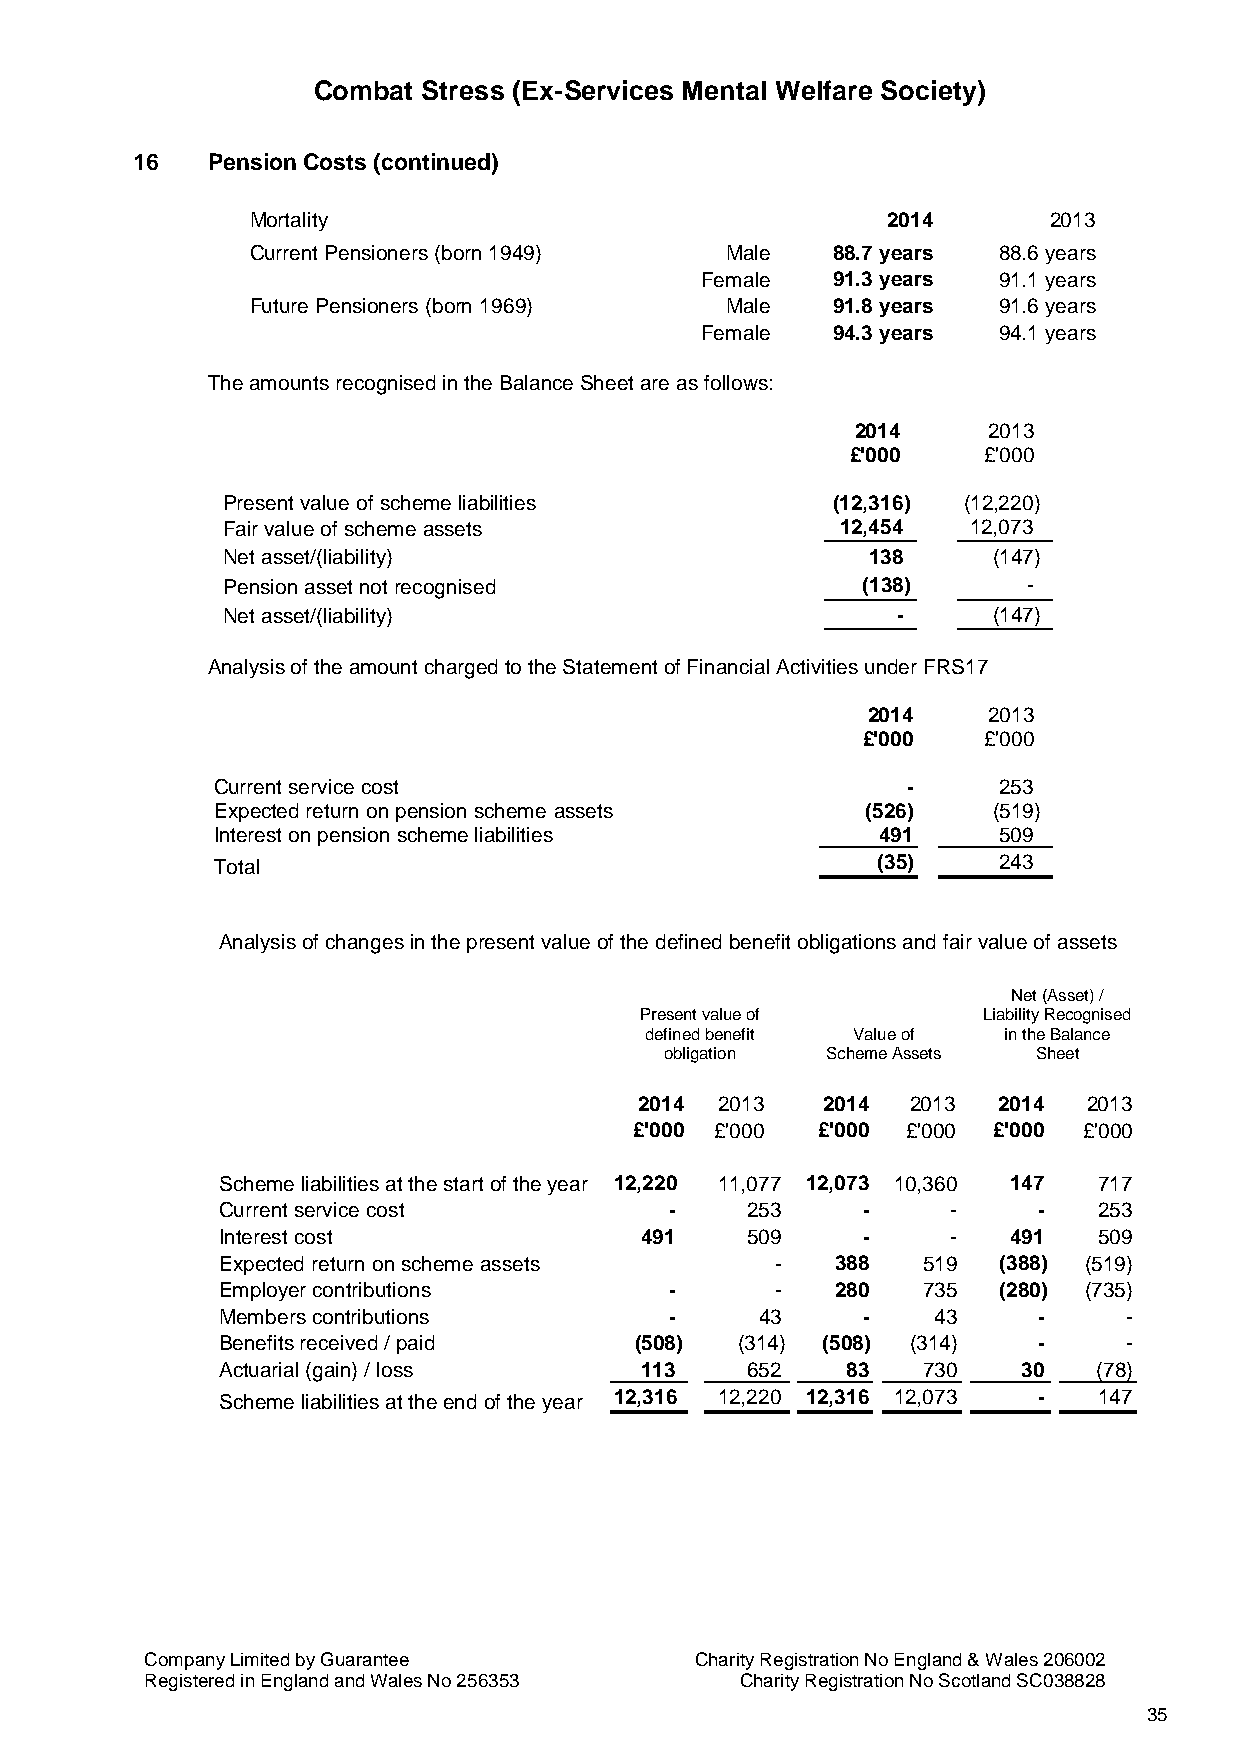
Combat Stress (Ex-Services Mental Welfare Society)
 16   Pension Costs (continued)
 Mortality                                 2014      2013
 Current Pensioners (born 1949) Male   88.7 years 88.6 years
 Female   91.3 years 91.1 years
 Future Pensioners (born 1969)  Male   91.8 years 91.6 years
 Female   94.3 years 94.1 years
 The amounts recognised in the Balance Sheet are as follows:
 2014    2013
 £'000    £'000
 Present value of scheme liabilities     (12,316) (12,220)
 Fair value of scheme assets              12,454  12,073
 Net asset/(liability)                      138     (147)
 Pension asset not recognised              (138)      -
 Net asset/(liability)                       -      (147)
 Analysis of the amount charged to the Statement of Financial Activities under FRS17
 2014    2013
 £'000   £'000
 Current service cost                          -     253
 Expected return on pension scheme assets   (526)    (519)
 Interest on pension scheme liabilities      491     509
 Total                                       (35)    243
 Analysis of changes in the present value of the defined benefit obligations and fair value of assets
 Net (Asset) /
 Present value of       Liability Recognised
 defined benefit Value of in the Balance
 obligation Scheme Assets Sheet
 2014  2013  2014  2013  2014  2013
 £'000 £'000 £'000 £'000 £'000 £'000
 Scheme liabilities at the start of the year 12,220 11,077 12,073 10,360 147 717
 Current service cost         -    253     -     -     -   253
 Interest cost              491    509     -     -   491   509
 Expected return on scheme assets    -   388   519  (388) (519)
 Employer contributions       -      -   280   735  (280) (735)
 Members contributions        -     43     -    43     -     -
 Benefits received / paid   (508)  (314) (508) (314)   -     -
 Actuarial (gain) / loss    113    652    83   730    30   (78)
 Scheme liabilities at the end of the year 12,316 12,220 12,316 12,073 - 147
 Company Limited by Guarantee        Charity Registration No England & Wales 206002
 Registered in England and Wales No 256353 Charity Registration No Scotland SC038828
 35